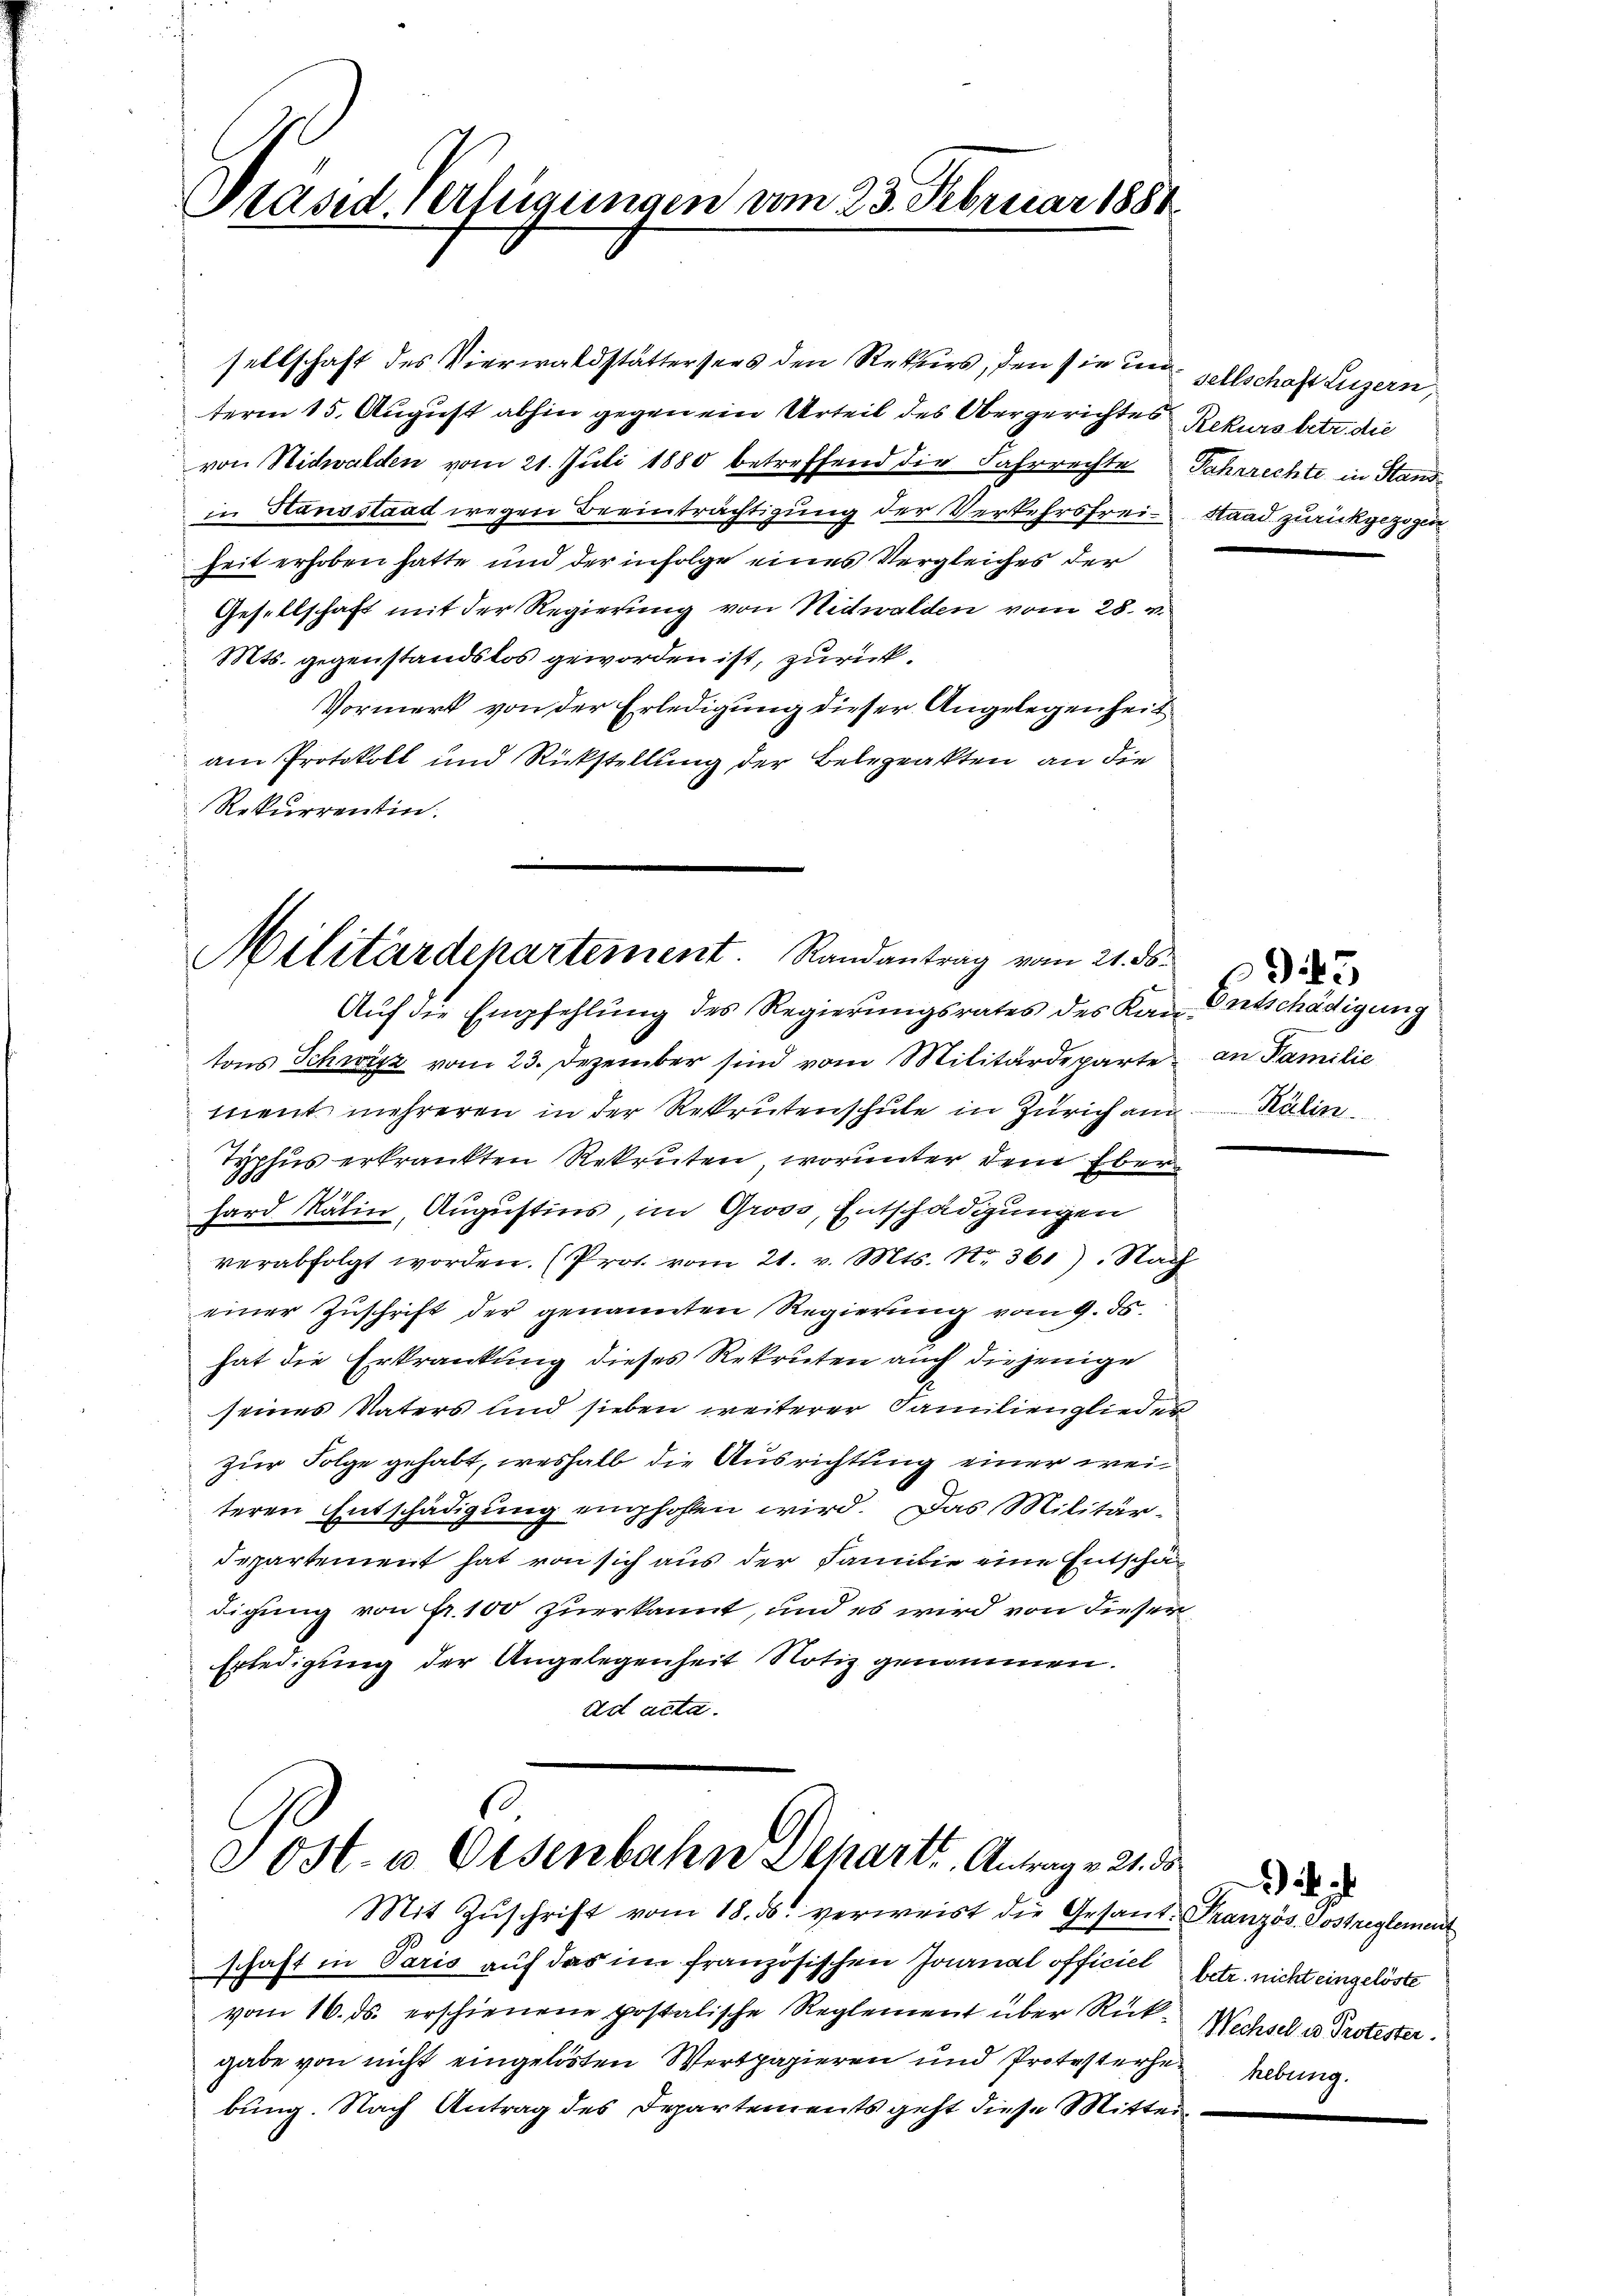
Prased Verfügungen vom 23. Februar 188

sellschaft des Vierwaldstättersees den Rekurs, den sie in sellschaft Luzern,
term 15. August abhin gegen ein Urteil des Obergerichtes Rekurs betr. die
von Nidwalden vom 21. Juli 1880 betreffend die Fahrrechte
in Hausstaad wegen Beeinträchtigung der Verkehrsfreiheit erhoben hatte und der infolge eines Vergleiches der
Gesellschaft mit der Regierung von Nidwalden vom 28. v.
Mts. gegenstandslos geworden ist, zurück.
Vormerk von der Erledigung dieser Angelegenheit
am Protokoll und Rückstellung der Belegeakten an die
Rekurrentin.

Militärdepartement. Randantrag vom 21. ds.

Auf die Empfehlung des Regierungsrates des Kan-Entschädigung
tons Schwyz vom 23. Dezember sind vom Militärdeparte an Familie
ment mehreren in der Rekrutenschule in Zürich an Kälin
Typhus erkrankten Rekruten, worunter dem Eberhard Rätin, Augustins, im Gross, Entschädigungen
verabfolgt worden. (Prot vom 21. v. Mts. Nr. 361). Nach
einer Zuschrift der genannten Regierung vom 9. ds.
hat die Erkrankung dieses Rekruten auch diejenige
seines Vaters und sieben weiterer Familienglieder
zur Folge gehabt, weshalb die Ausrichtung einer weiteren Entschädigung empfohlen wird. Das Militär-
departement hat von sich aus der Familie eine Entschädigung von Fr. 100 zuerkannt, und es wird von dieser
Erledigung der Angelegenheit Notiz genommen.
ad acta.

e Ost- u Osenbahn Behartr. Antrage 21. 5
Mit Zŭschrift vom 18. ds. verweist die Gesand-Französ. Sostreglement

schaft in Paris auf das im französischen Journal officiel betr. nicht eingelöste
vom 16. ds. erschienene postalische Reglement über Rück- Wechsel u Protester.
gabe von nicht eingelösten Wertpapieren und Protestere hebung.
bung. Nach Antrag des Departements geht diese Mittei¬

Jahrrechte in Stand
Stand zurückgezogen

095